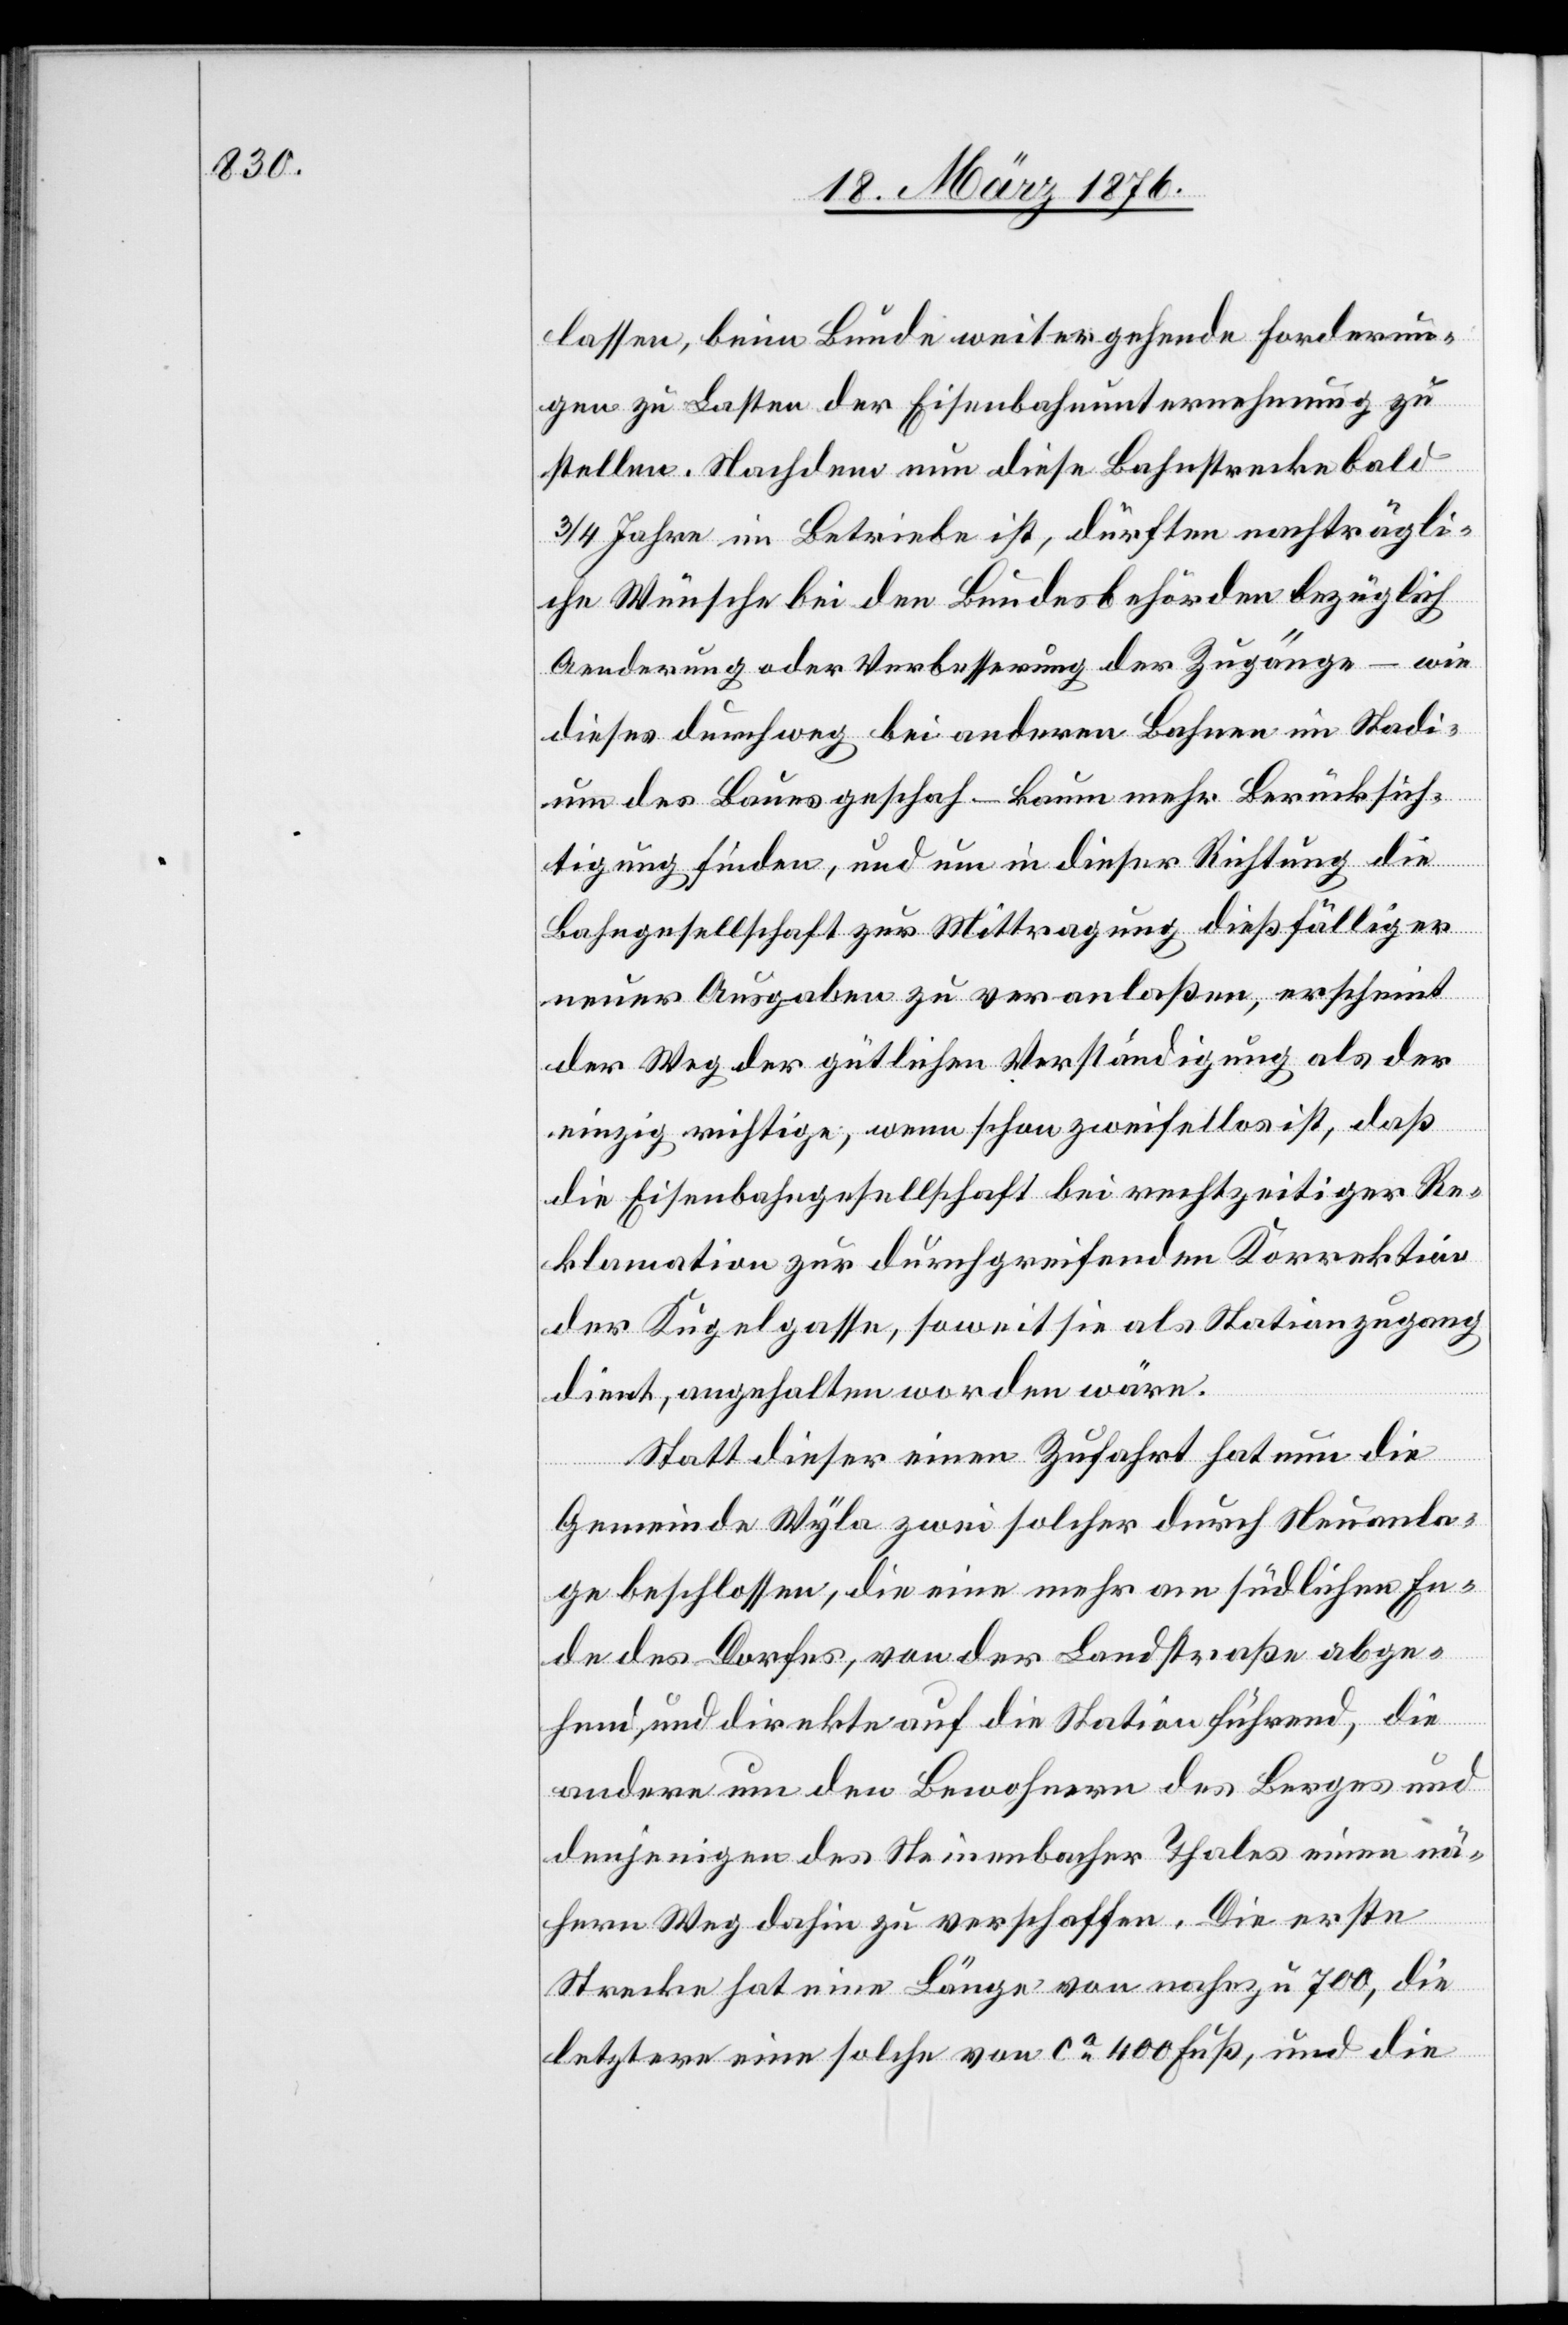
lassen, beim Bunde weitergehende Forderun¬
gen zu Lasten der Eisenbahnunternehmung zu
stellen. Nachdem nun diese Bahnstrecke bald
3/4 Jahre in Betriebe ist, dürften nachträgli¬
che Wünsche bei den Bundesbehörden bezüglich
Aenderung oder Verbesserung der Zugänge – wie
dieses durchweg bei andern Bahnen im Stadi¬
um des Baues geschah – kaum mehr Berücksich¬
tigung finden, und um in dieser Richtung die
Bahngesellschaft zur Mittragung dießfälliger
neuer Ausgaben zu veranlaßen, erscheint
der Weg der gütlichen Verständigung als der
einzig richtige; wenn schon zweifellos ist, daß
die Eisenbahngesellschaft bei rechtzeitiger Re¬
klamation zur durchgreifenden Korrektion
der Kugelgasse, soweit sie als Stationszugang
dient, angehalten worden wäre.
Statt dieser einen Zufahrt hat nun die
Gemeinde Wyla zwei solcher durch Neuanla¬
ge beschlossen, die eine mehr am südlichen En¬
de des Dorfes, von der Landstraße abge¬
hend, und direkte auf die Station führend, die
andere um den Bewohnern des Berges und
denjenigen des Steinenbacher Thales einen nä¬
hern Weg dahin zu verschaffen. Die erste
Strecke hat eine Länge von nahezu 700, die
letztere eine solche von ca 400 Fuß, und die